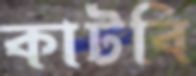
কাটবি